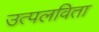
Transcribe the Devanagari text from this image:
उत्पलविता